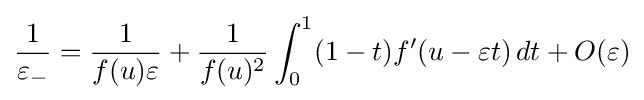
{\frac {1}{\varepsilon _{-}}}={\frac {1}{f(u)\varepsilon }}+{\frac {1}{f(u)^{2}}}\int _{0}^{1}(1-t)f'(u-\varepsilon t)\,dt+O(\varepsilon )